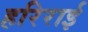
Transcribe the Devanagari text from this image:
हरिराई